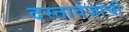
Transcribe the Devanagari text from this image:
दस्तावेजांची